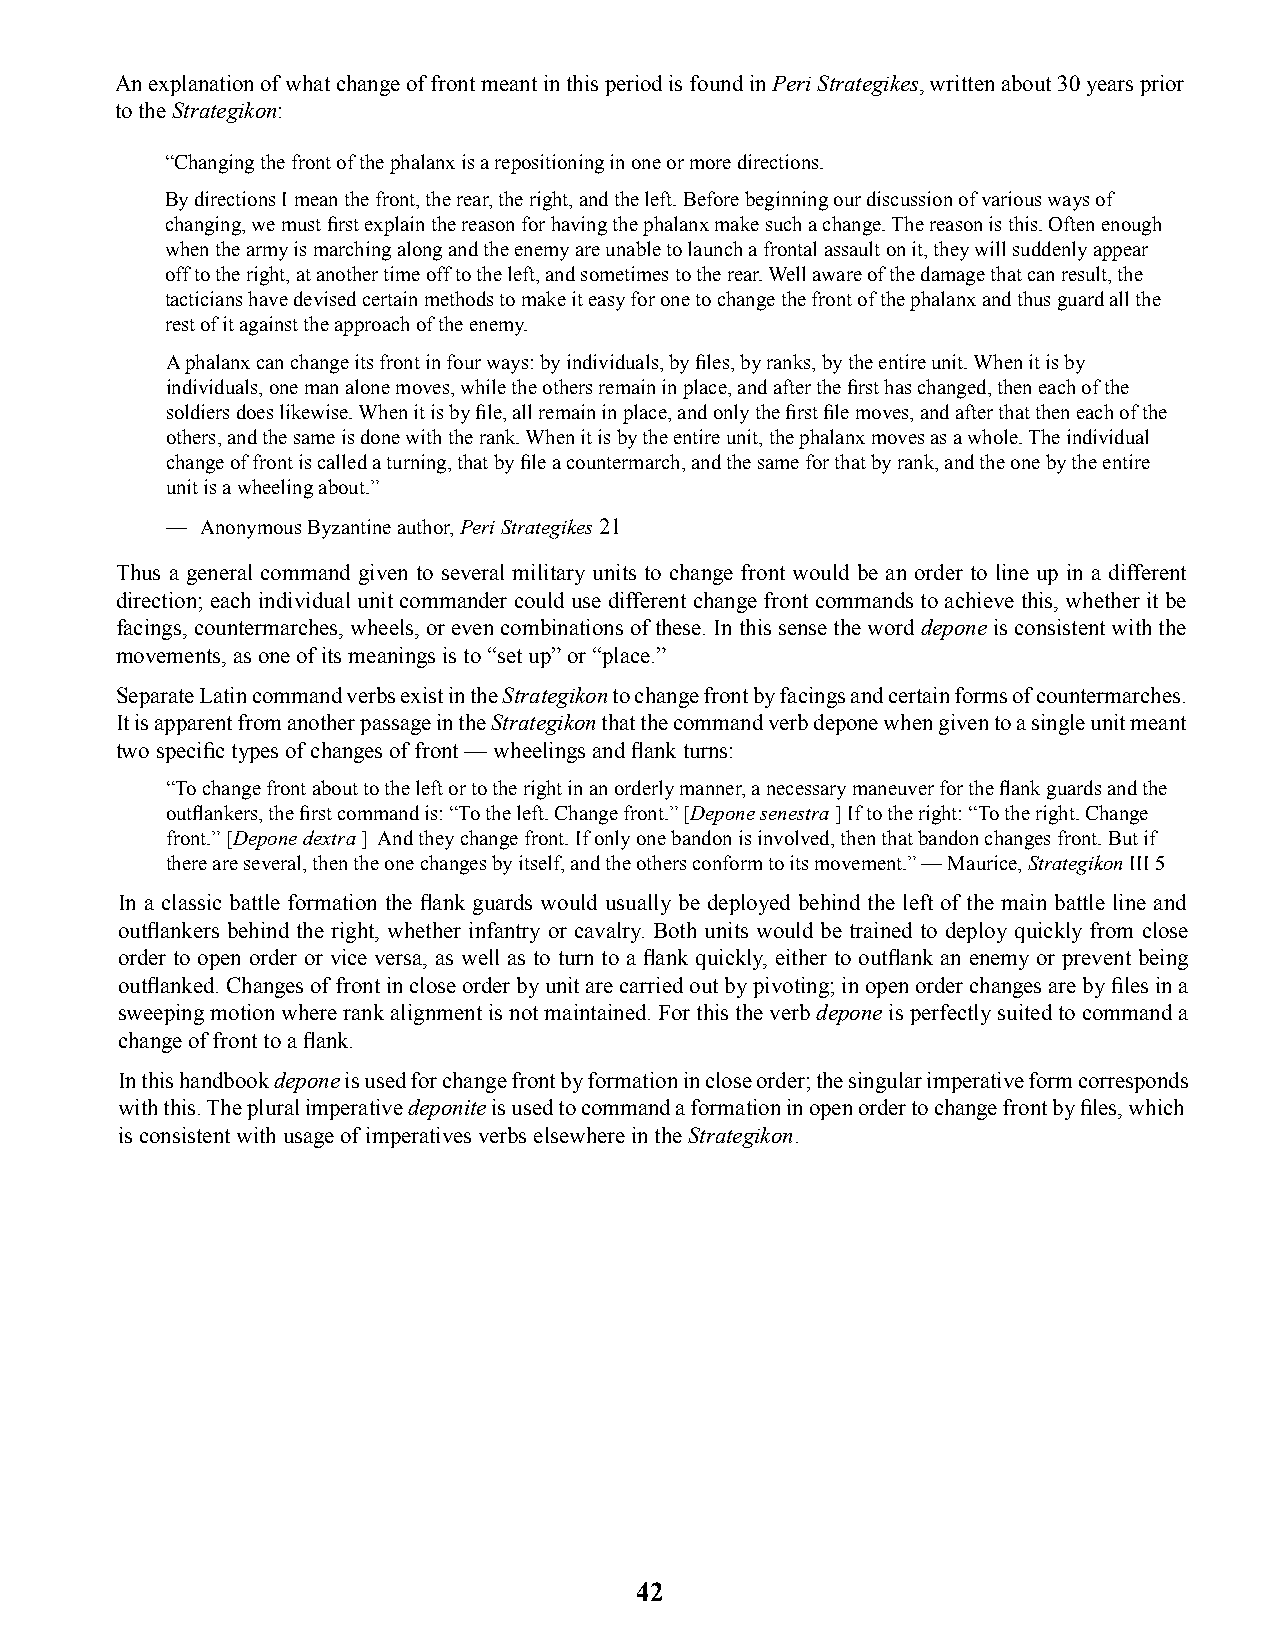
An explanation of what change of front meant in this period is found in Peri Strategikes, written about 30 years prior
 to the Strategikon:
 “Changing the front of the phalanx is a repositioning in one or more directions.
 By directions I mean the front, the rear, the right, and the left. Before beginning our discussion of various ways of
 changing, we must fi rst explain the reason for having the phalanx make such a change. The reason is this. Often enough
 when the army is marching along and the enemy are unable to launch a frontal assault on it, they will suddenly appear
 off to the right, at another time off to the left, and sometimes to the rear. Well aware of the damage that can result, the
 tacticians have devised certain methods to make it easy for one to change the front of the phalanx and thus guard all the
 rest of it against the approach of the enemy.
 A phalanx can change its front in four ways: by individuals, by fi les, by ranks, by the entire unit. When it is by
 individuals, one man alone moves, while the others remain in place, and after the fi rst has changed, then each of the
 soldiers does likewise. When it is by fi le, all remain in place, and only the fi rst fi le moves, and after that then each of the
 others, and the same is done with the rank. When it is by the entire unit, the phalanx moves as a whole. The individual
 change of front is called a turning, that by fi le a countermarch, and the same for that by rank, and the one by the entire
 unit is a wheeling about.”
 — Anonymous Byzantine author, Peri Strategikes 21
 Thus a general command given to several military units to change front would be an order to line up in a different
 direction; each individual unit commander could use different change front commands to achieve this, whether it be
 facings, countermarches, wheels, or even combinations of these. In this sense the word depone is consistent with the
 movements, as one of its meanings is to “set up” or “place.”
 Separate Latin command verbs exist in the Strategikon to change front by facings and certain forms of countermarches.
 It is apparent from another passage in the Strategikon that the command verb depone when given to a single unit meant
 two specifi c types of changes of front — wheelings and fl ank turns:
 “To change front about to the left or to the right in an orderly manner, a necessary maneuver for the fl ank guards and the
 outfl ankers, the fi rst command is: “To the left. Change front.” [Depone senestra ] If to the right: “To the right. Change
 front.” [Depone dextra ] And they change front. If only one bandon is involved, then that bandon changes front. But if
 there are several, then the one changes by itself, and the others conform to its movement.” — Maurice, Strategikon III 5
 In a classic battle formation the fl ank guards would usually be deployed behind the left of the main battle line and
 outfl ankers behind the right, whether infantry or cavalry. Both units would be trained to deploy quickly from close
 order to open order or vice versa, as well as to turn to a fl ank quickly, either to outfl ank an enemy or prevent being
 outfl anked. Changes of front in close order by unit are carried out by pivoting; in open order changes are by fi les in a
 sweeping motion where rank alignment is not maintained. For this the verb depone is perfectly suited to command a
 change of front to a fl ank.
 In this handbook depone is used for change front by formation in close order; the singular imperative form corresponds
 with this. The plural imperative deponite is used to command a formation in open order to change front by fi les, which
 is consistent with usage of imperatives verbs elsewhere in the Strategikon.
 42